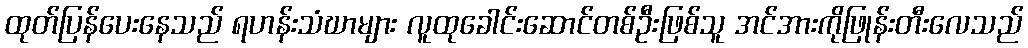
ထုတ်ပြန်ပေးနေသည် ရဟန်းသံဃာများ လူထုခေါင်းဆောင်တစ်ဦးဖြစ်သူ အင်အားကိုဖြုန်းတီးလေသည်